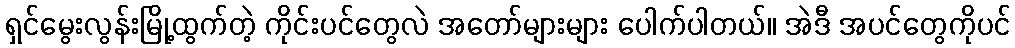
ရှင်မွေးလွန်းမြို့ထွက်တဲ့ ကိုင်းပင်တွေလဲ အတော်များများ ပေါက်ပါတယ်။ အဲဒီ အပင်တွေကိုပင်